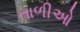
તાળીઓ